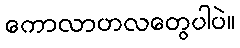
ကောလာဟလတွေပါပဲ။